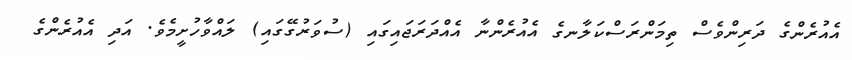
އެއުރެންގެ ދަރިންވެސް ތިމަންރަސްކަލާނގެ އެއުރެންނާ އެއްދަރަޖައިގައި (ސުވަރުގޭގައި) ލައްވާހުށީމެވެ. އަދި އެއުރެންގެ